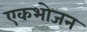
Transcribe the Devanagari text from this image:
एकभोजन